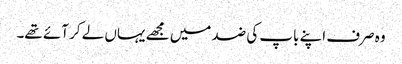
وہ صرف اپنے باپ کی ضد میں مجھے یہاں لے کر آئے تھے۔